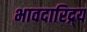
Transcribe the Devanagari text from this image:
भावदारिद्र्य